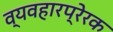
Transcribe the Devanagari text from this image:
व्यवहारप्रेरक